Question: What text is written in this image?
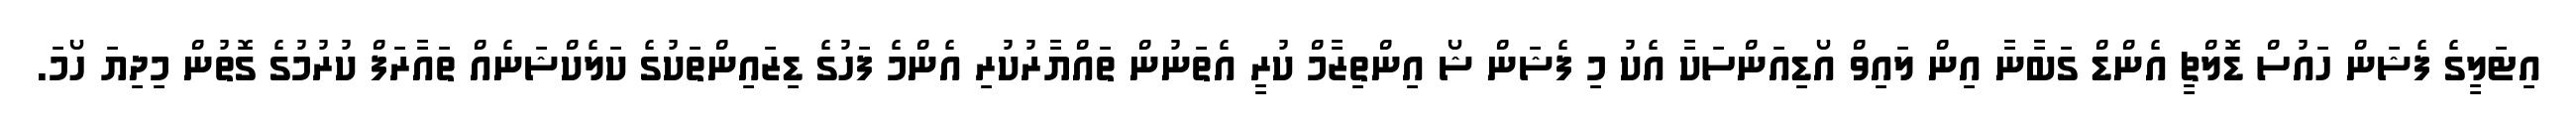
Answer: އިޓަލީގެ ފެޝަން ހައުސް ޑޮލްޗީ އެންޑް ގަބާނާ އިން ލައިވް އޯޑިއަންސަކާ އެކު މި ފެޝަން ޝޯ އިންތިޒާމް ކުރީ އެތަނުން ތައްޔާރުކުރި އެންމެ ފަހުގެ ޑިޒައިންތަކުގެ ކަލެކްޝަނެއް ތައާރަފް ކުރުމުގެ ގޮތުން މިދިޔަ ހޯމަ.